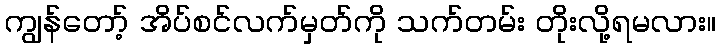
ကျွန်တော့် အိပ်စင်လက်မှတ်ကို သက်တမ်း တိုးလို့ရမလား။